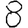
Digit: 8